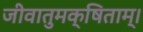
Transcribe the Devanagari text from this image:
जीवातुमक्षिताम्।